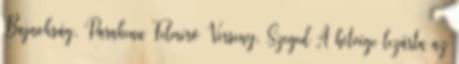
Bajnokság, Parakenu Felmérő Verseny, Szeged A hétvége lezárta az